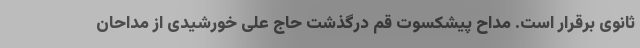
ثانوی برقرار است. مداح پیشکسوت قم درگذشت حاج علی خورشیدی از مداحان